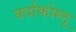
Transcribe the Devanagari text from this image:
बर्दाकोग्लू